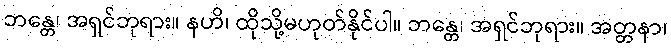
ဘန္တေ၊ အရှင်ဘုရား။ နဟိ၊ ထိုသို့မဟုတ်နိုင်ပါ။ ဘန္တေ၊ အရှင်ဘုရား။ အတ္တနာ၊